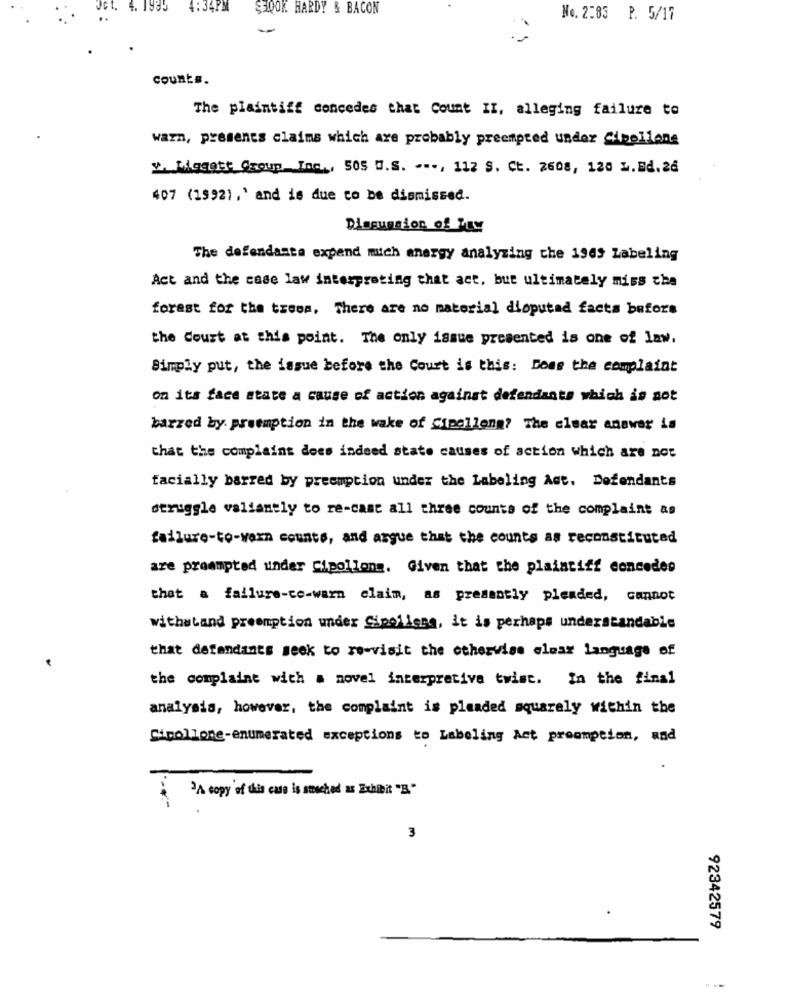
Jct.
1935
4:34PM
SHOOK HARDY & BACON
No. 2283 P. 5/17
count#.
The plaintiff concedes that Count II, alleging failure to
warn, presents claims which are probably preempted under Cipollone
y. Magett Group Inc ., 505 U.S. ..., 112 S. Ct. 2608, 120 L.Ed. 26
407 (1992),' and is due to be dismissed.
Discussion of Thy
The defendanta expend mich energy analyzing che 1949 Labeling
Act and the case law interpreting that act, but ultimately miss che
forest for the trees, There are no material disputed facts before
the Court at this point. The only issue presented is one of law.
Simply put, the issue before the Court is this: Does the complaint
on its face state a cause of action against defendants which is not
barzed by. preemption in the wake of Cipollone? The clear answer is
that the complaint does indeed state causes of action which are not
facially barred by preemption under the Labeling Ast. Defendants
struggle valiantly to re-cast all three counts of the complaint as
failure-to-warn counts, and argue that the counts as reconstituted
are preampted under Cipollons. Given that the plaintiff concedes
that a failure-co-warn claim, as presently pleaded, cannot
withstand preemption under Cipollena, it is perhaps understandable
that defendants seek to re-visit the otherwise clear Language of
the complaint with a novel interpretive twist. In the final
analysis, however, the complaint is pleaded squarely within the
Cipollone-enumerated exceptions to Labeling Act proemption, and
"A copy of this case is steched as Exhibit "B."
3
92342579
--